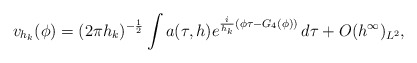
\begin{align*} v_{h_k}(\phi) = (2\pi h_k)^{-\frac{1}{2}} \int a(\tau,h) e^{\frac{i}{h_k}(\phi\tau - G_4(\phi))} \, d\tau + O(h^\infty)_{L^2},\end{align*}